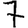
Digit: 7